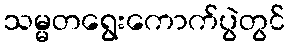
သမ္မတရွေးကောက်ပွဲတွင်